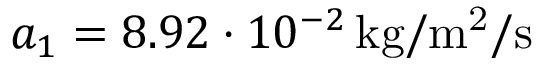
a _ { 1 } = 8 . 9 2 \cdot 1 0 ^ { - 2 } \, \mathrm { k g / m ^ { 2 } / s }